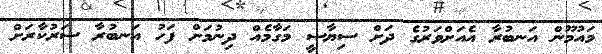
މައުމޫން އަނބުރާ އެއަށްވަރުގެ ދަށް ސިޔާސީ މަގާމެއް ދިނުމަށް ފަހު އަނބުރާ ސަރުކާރަށް